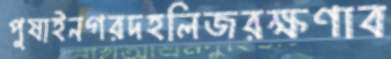
পুষাইনগরদহলিজরক্ষণাব